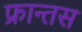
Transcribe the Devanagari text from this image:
फ्रान्तस